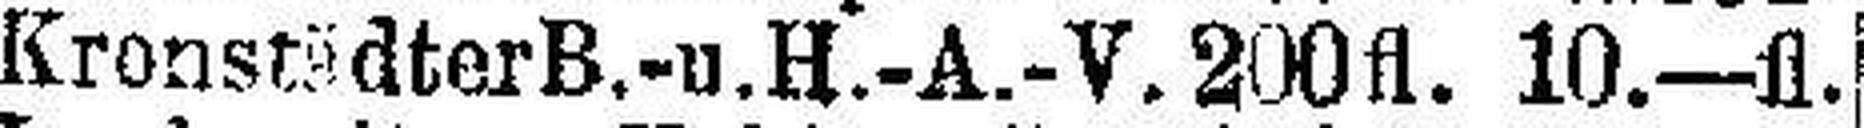
Kronstädter B.-u.H-A.-V. 200fl. 10.—fl.